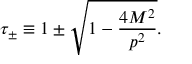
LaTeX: \tau _ { \pm } \equiv 1 \pm \sqrt { 1 - { \frac { 4 M ^ { 2 } } { p ^ { 2 } } } } .